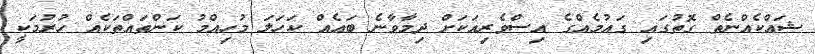
ޝައްކެއްނެތް ގޮތުގައި ގައުމެއްގެ އިސްވެރިއަކަށް ދިމާވާނެ ބައެއް ކަހަލަ މުހިއްމު ކަންތައްތަކެއް ހުރުމަކީ